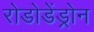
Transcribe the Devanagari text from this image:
रोडोडेंड्रोन